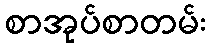
စာအုပ်စာတမ်း